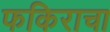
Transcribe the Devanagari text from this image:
फकिराचा